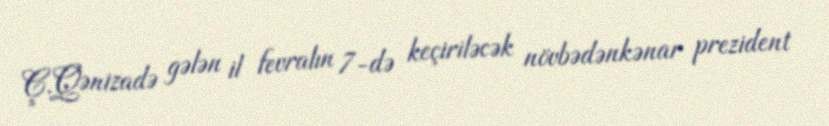
Ç.Qənizadə gələn il fevralın 7-də keçiriləcək növbədənkənar prezident